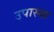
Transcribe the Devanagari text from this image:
उपास्या